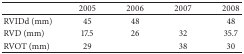
<table><thead><tr><td><b> </b></td><td><b>2005</b></td><td><b>2006</b></td><td><b>2007</b></td><td><b>2008</b></td></tr></thead><tbody><tr><td>RVIDd (mm)</td><td>45</td><td>48</td><td> </td><td>48</td></tr><tr><td>RVD (mm)</td><td>17.5</td><td>26</td><td>32</td><td>35.7</td></tr><tr><td>RVOT (mm)</td><td>29</td><td> </td><td>38</td><td>30</td></tr></tbody></table>